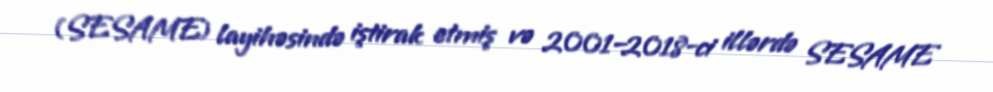
(SESAME) layihəsində iştirak etmiş və 2001–2018-ci illərdə SESAME